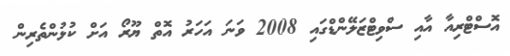
އޮސްޓްރިއާ އާއި ސްވިޓްޒަލޭންޑްގައި 2008 ވަނަ އަހަރު އޮތް ޔޫރޯ އަށް ކުޅުންތެރިން